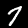
Label: 7